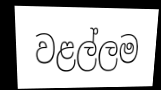
වළල්ලම